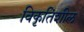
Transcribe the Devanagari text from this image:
विकृतिशील